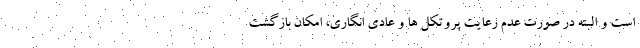
است و البته در صورت عدم رعایت پروتکل ها و عادی انگاری، امکان بازگشت